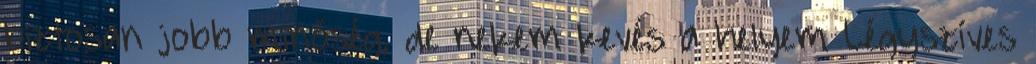
biztosan jobb minőség, de nekem kevés a helyem Légyszíves